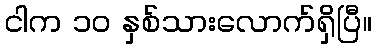
ငါက ၁၀ နှစ်သားလောက်ရှိပြီ။